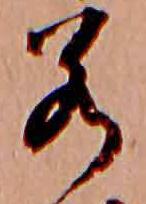
若